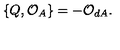
\{ Q , { \cal O } _ { A } \} = - { \cal O } _ { d A } .